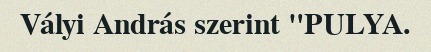
Vályi András szerint "PULYA.